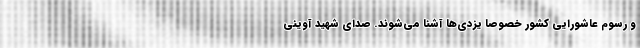
و رسوم عاشورایی کشور خصوصاً یزدی‌ها آشنا می‌شوند. صدای شهید آوینی